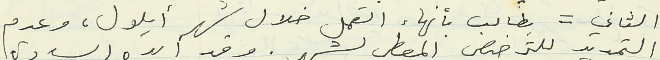
الثاني = يطالب بأنهاء العمل خلال شهر أيلول، وعدم